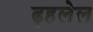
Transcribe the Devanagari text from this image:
ढ़हलेल